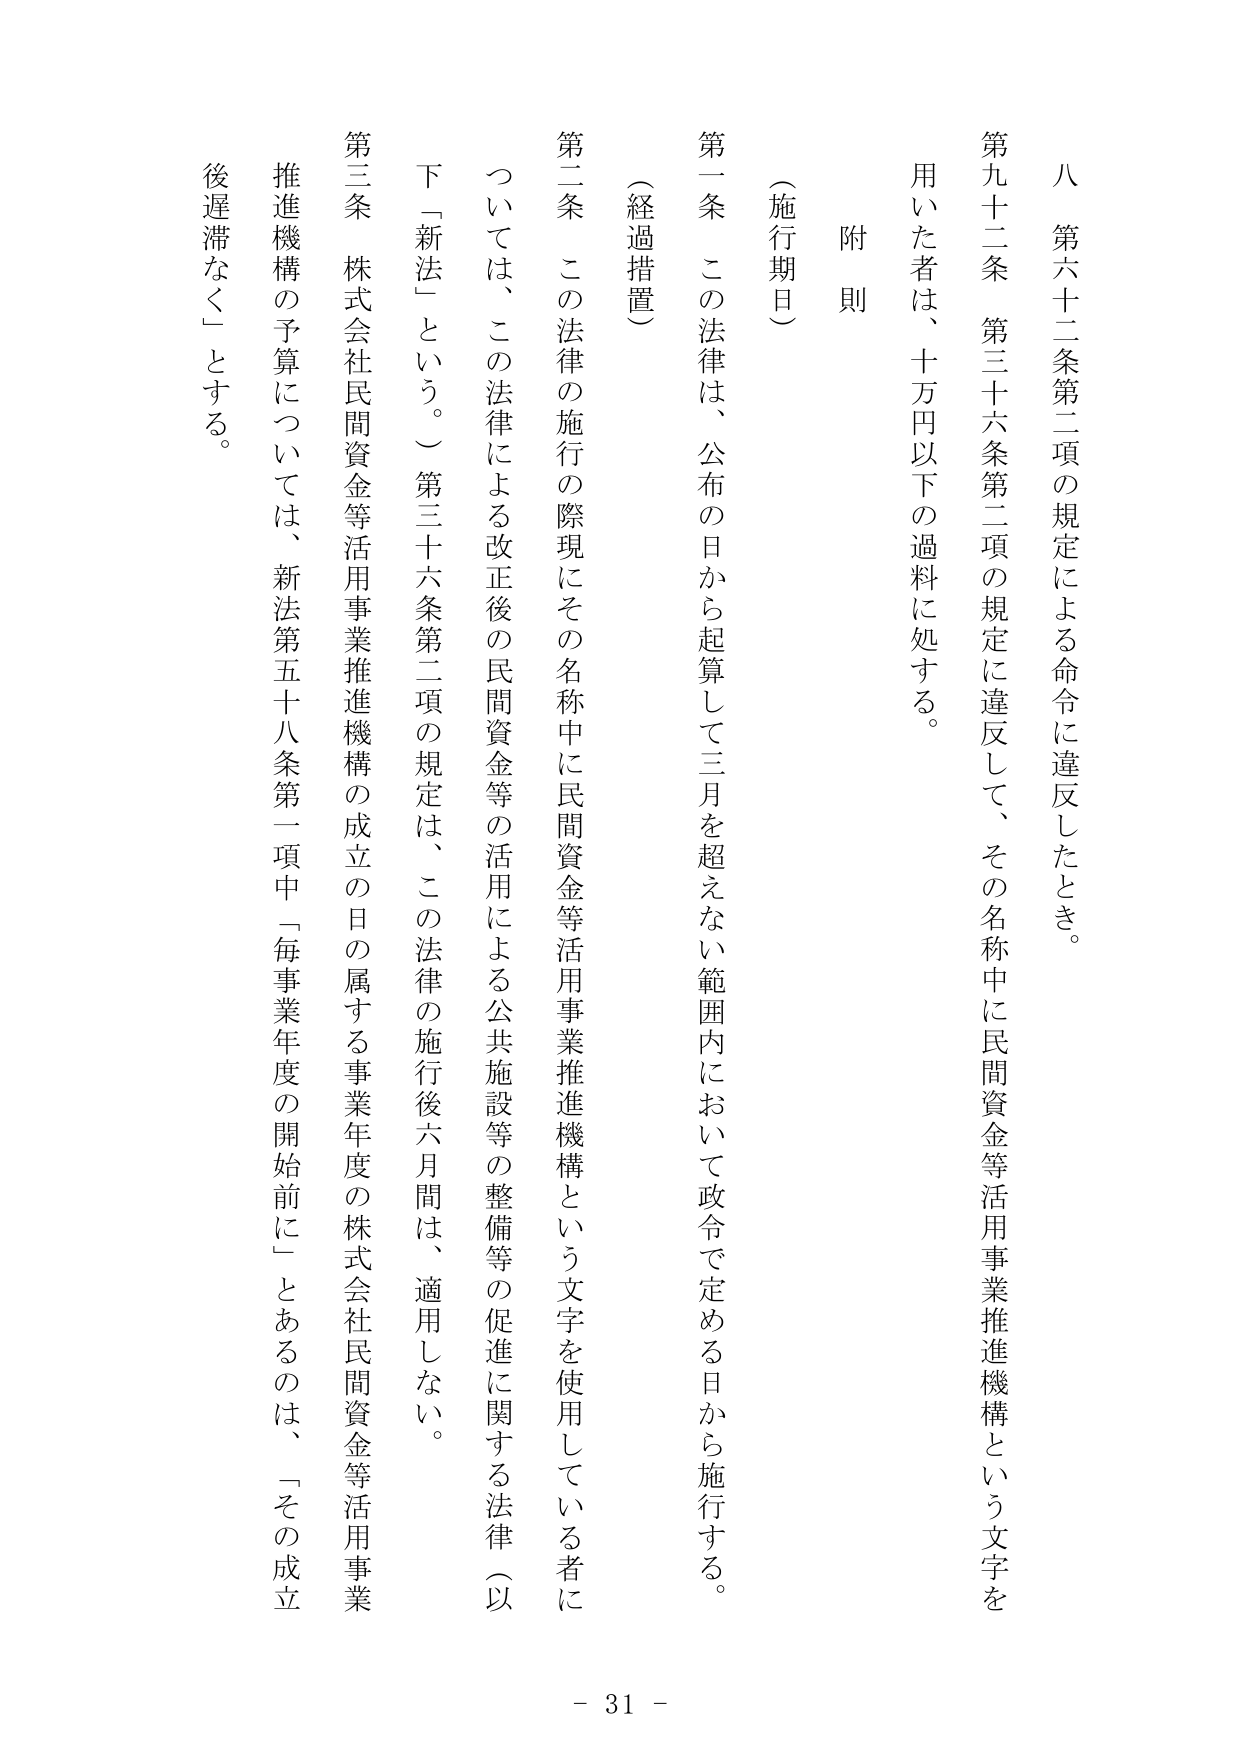
八 第六十二条第二項の規定による命令に違反したとき。

第九十二条 第三十六条第二項の規定に違反して、その名称中に民間資金等活用事業推進機構という文字を用いた者は、十万円以下の過料に処する。

附 則

（施行期日）

第一条 この法律は、公布の日から起算して三月を超えない範囲内において政令で定める日から施行する。

（経過措置）

第二条 この法律の施行の際現にその名称中に民間資金等活用事業推進機構という文字を使用している者については、この法律による改正後の民間資金等の活用による公共施設等の整備等の促進に関する法律（以下「新法」という。）第三十六条第二項の規定は、この法律の施行後六月間は、適用しない。

第三条 株式会社民間資金等活用事業推進機構の成立の日の属する事業年度の株式会社民間資金等活用事業推進機構の予算については、新法第五十八条第一項中「毎事業年度の開始前に」とあるのは、「その成立後遅滞なく」とする。

- 31 -